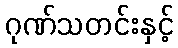
ဂုဏ်သတင်းနှင့်